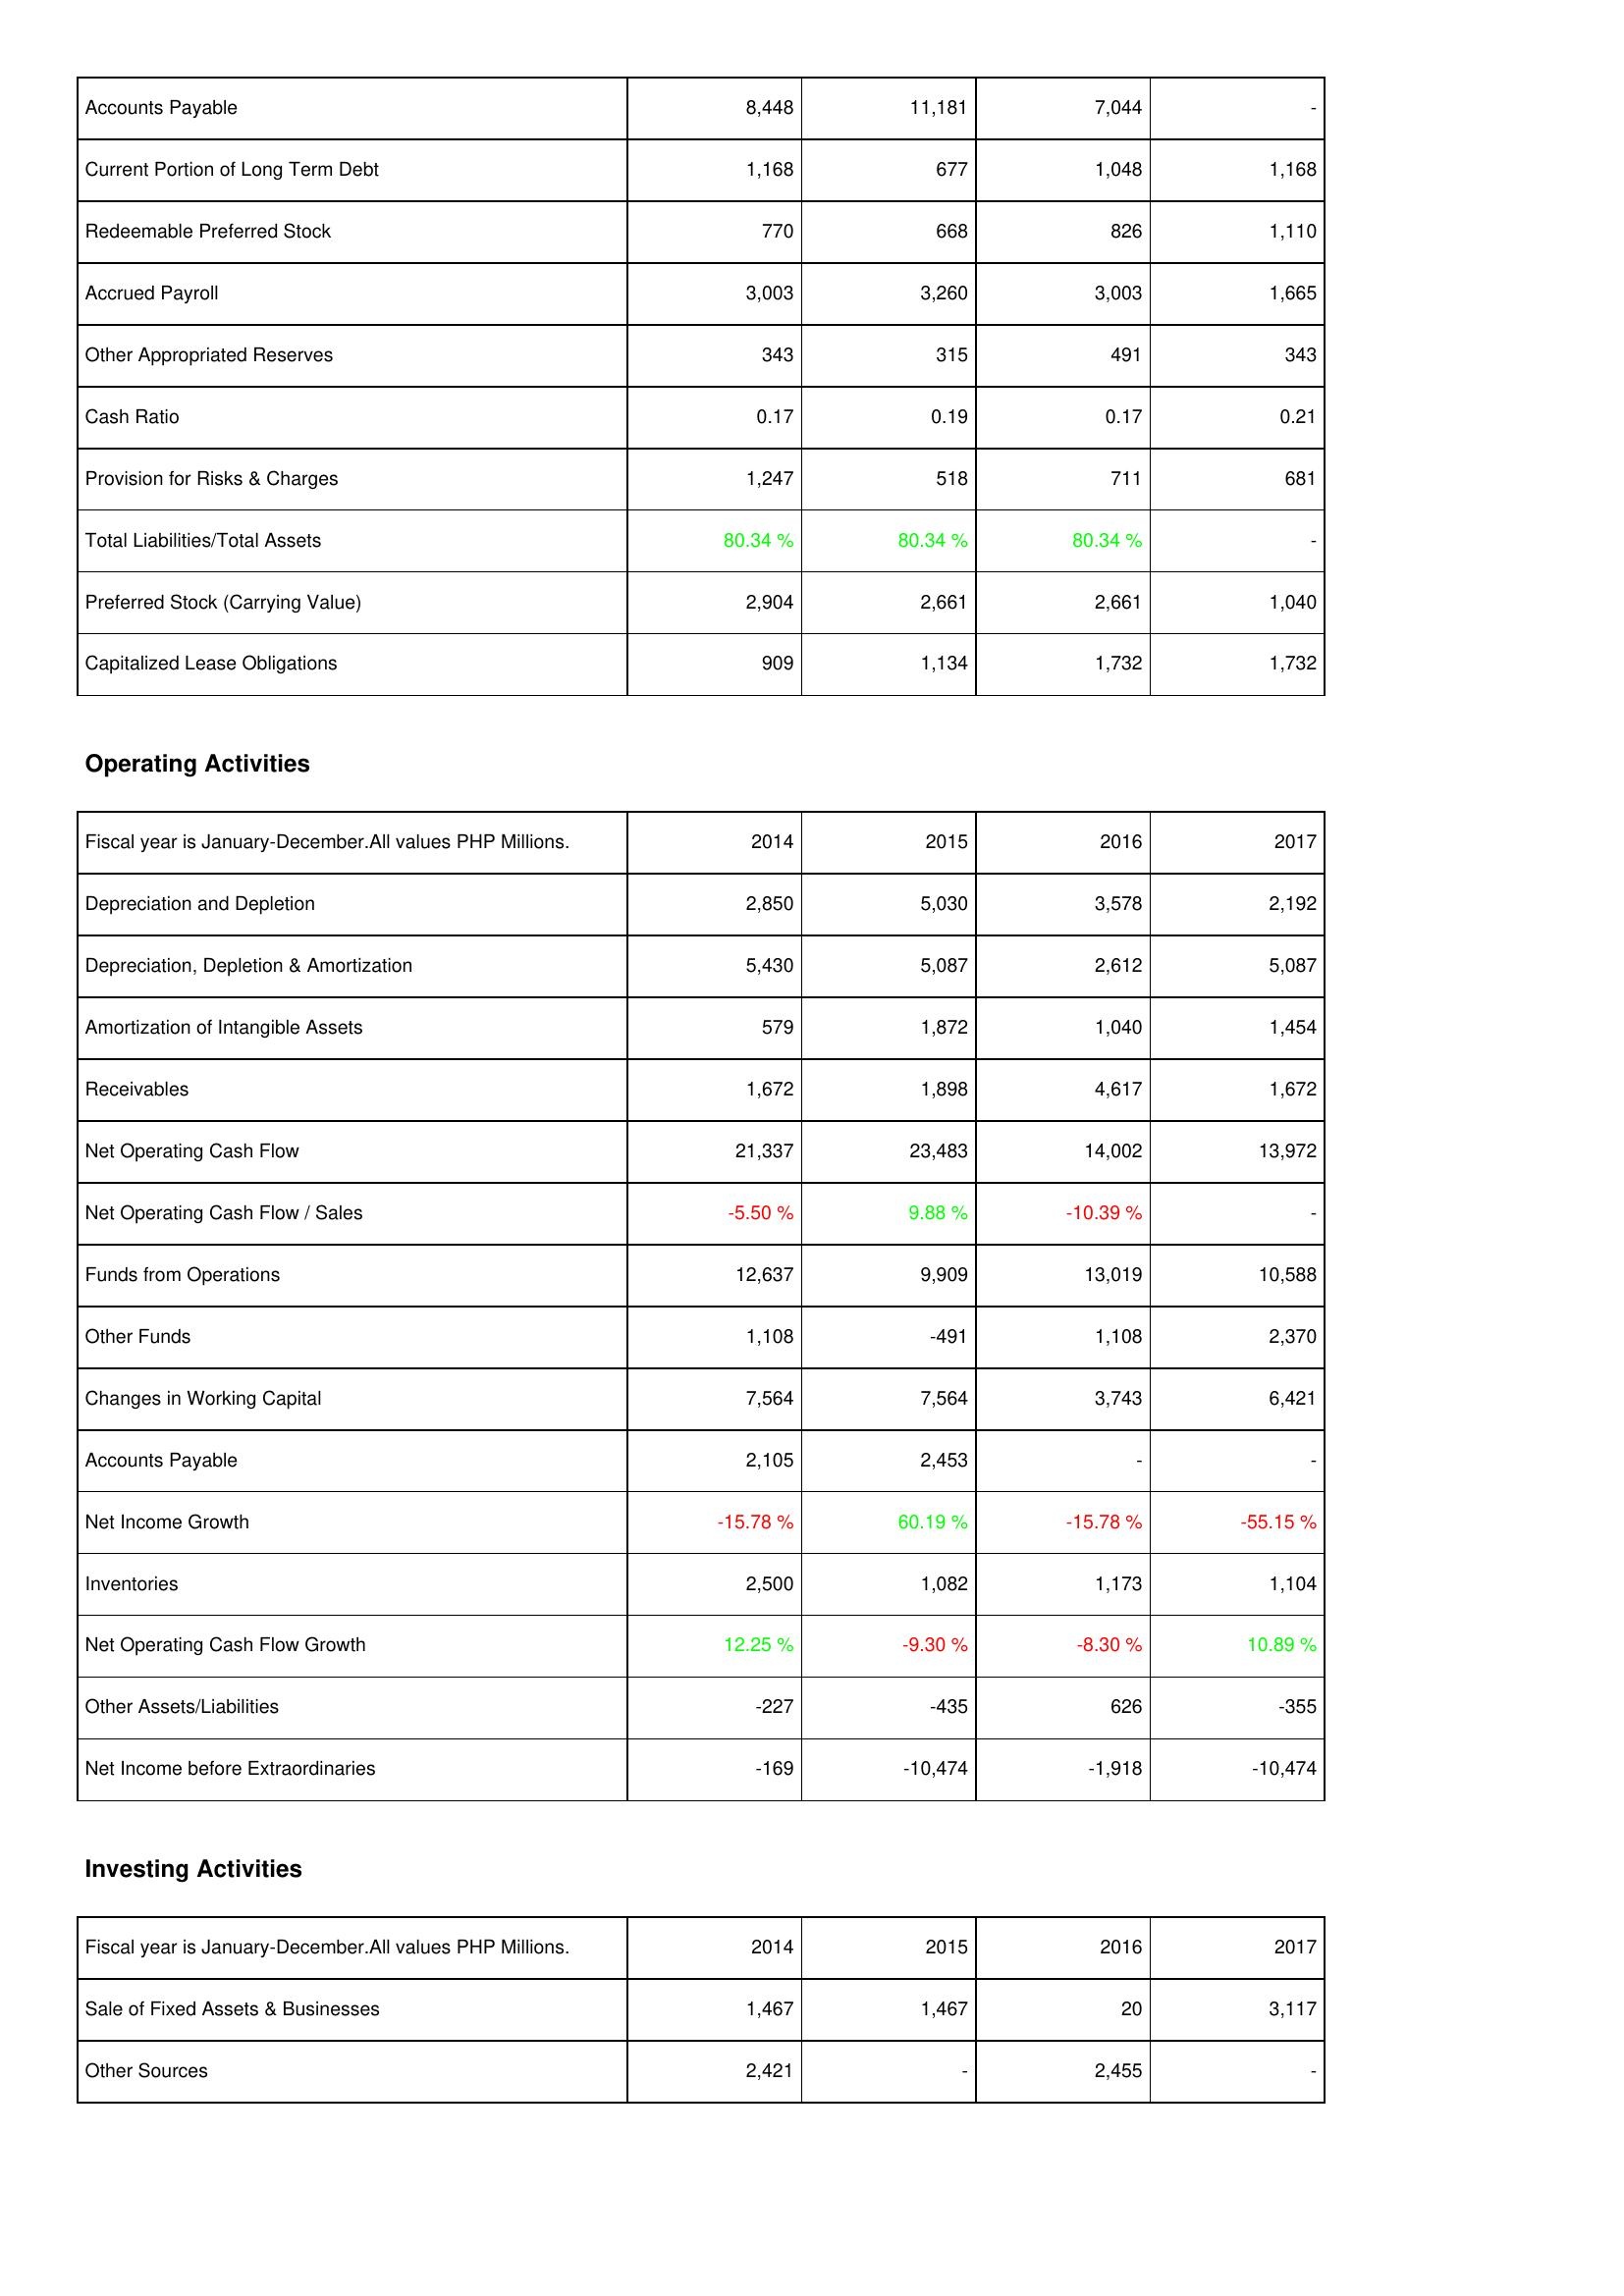
2014: Liabilities & Shareholders' Equity: Accounts Payable: 8,448
Current Portion of Long Term Debt: 1,168
Redeemable Preferred Stock: 770
Accrued Payroll: 3,003
Other Appropriated Reserves: 343
Cash Ratio: 0.17
Provision for Risks & Charges: 1,247
Total Liabilities/Total Assets: 80.34 %
Preferred Stock (Carrying Value): 2,904
Capitalized Lease Obligations: 909
Operating Activities: Depreciation and Depletion: 2,850
Depreciation, Depletion & Amortization: 5,430
Amortization of Intangible Assets: 579
Receivables: 1,672
Net Operating Cash Flow: 21,337
Net Operating Cash Flow / Sales: -5.50 %
Funds from Operations: 12,637
Other Funds: 1,108
Changes in Working Capital: 7,564
Accounts Payable: 2,105
Net Income Growth: -15.78 %
Inventories: 2,500
Net Operating Cash Flow Growth: 12.25 %
Other Assets/Liabilities: -227
Net Income before Extraordinaries: -169
Investing Activities: Sale of Fixed Assets & Businesses: 1,467
Other Sources: 2,421
2015: Liabilities & Shareholders' Equity: Accounts Payable: 11,181
Current Portion of Long Term Debt: 677
Redeemable Preferred Stock: 668
Accrued Payroll: 3,260
Other Appropriated Reserves: 315
Cash Ratio: 0.19
Provision for Risks & Charges: 518
Total Liabilities/Total Assets: 80.34 %
Preferred Stock (Carrying Value): 2,661
Capitalized Lease Obligations: 1,134
Operating Activities: Depreciation and Depletion: 5,030
Depreciation, Depletion & Amortization: 5,087
Amortization of Intangible Assets: 1,872
Receivables: 1,898
Net Operating Cash Flow: 23,483
Net Operating Cash Flow / Sales: 9.88 %
Funds from Operations: 9,909
Other Funds: -491
Changes in Working Capital: 7,564
Accounts Payable: 2,453
Net Income Growth: 60.19 %
Inventories: 1,082
Net Operating Cash Flow Growth: -9.30 %
Other Assets/Liabilities: -435
Net Income before Extraordinaries: -10,474
Investing Activities: Sale of Fixed Assets & Businesses: 1,467
Other Sources: -
2016: Liabilities & Shareholders' Equity: Accounts Payable: 7,044
Current Portion of Long Term Debt: 1,048
Redeemable Preferred Stock: 826
Accrued Payroll: 3,003
Other Appropriated Reserves: 491
Cash Ratio: 0.17
Provision for Risks & Charges: 711
Total Liabilities/Total Assets: 80.34 %
Preferred Stock (Carrying Value): 2,661
Capitalized Lease Obligations: 1,732
Operating Activities: Depreciation and Depletion: 3,578
Depreciation, Depletion & Amortization: 2,612
Amortization of Intangible Assets: 1,040
Receivables: 4,617
Net Operating Cash Flow: 14,002
Net Operating Cash Flow / Sales: -10.39 %
Funds from Operations: 13,019
Other Funds: 1,108
Changes in Working Capital: 3,743
Accounts Payable: -
Net Income Growth: -15.78 %
Inventories: 1,173
Net Operating Cash Flow Growth: -8.30 %
Other Assets/Liabilities: 626
Net Income before Extraordinaries: -1,918
Investing Activities: Sale of Fixed Assets & Businesses: 20
Other Sources: 2,455
2017: Liabilities & Shareholders' Equity: Accounts Payable: -
Current Portion of Long Term Debt: 1,168
Redeemable Preferred Stock: 1,110
Accrued Payroll: 1,665
Other Appropriated Reserves: 343
Cash Ratio: 0.21
Provision for Risks & Charges: 681
Total Liabilities/Total Assets: -
Preferred Stock (Carrying Value): 1,040
Capitalized Lease Obligations: 1,732
Operating Activities: Depreciation and Depletion: 2,192
Depreciation, Depletion & Amortization: 5,087
Amortization of Intangible Assets: 1,454
Receivables: 1,672
Net Operating Cash Flow: 13,972
Net Operating Cash Flow / Sales: -
Funds from Operations: 10,588
Other Funds: 2,370
Changes in Working Capital: 6,421
Accounts Payable: -
Net Income Growth: -55.15 %
Inventories: 1,104
Net Operating Cash Flow Growth: 10.89 %
Other Assets/Liabilities: -355
Net Income before Extraordinaries: -10,474
Investing Activities: Sale of Fixed Assets & Businesses: 3,117
Other Sources: -